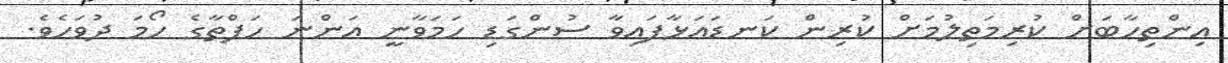
އިންތިހާބަށް ކުރިމަތިލުމަށް ކުރިން ކަނޑައަޅާފައިވާ ސުންގަޑި ހަމަވާނީ އަންނަ ހަފްތާގެ ހޯމަ ދުވަހެވެ.